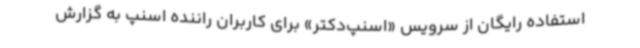
استفاده رایگان از سرویس «اسنپ‌دکتر» برای کاربران راننده اسنپ به گزارش